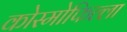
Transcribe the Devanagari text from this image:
कोस्मोफिल्ला